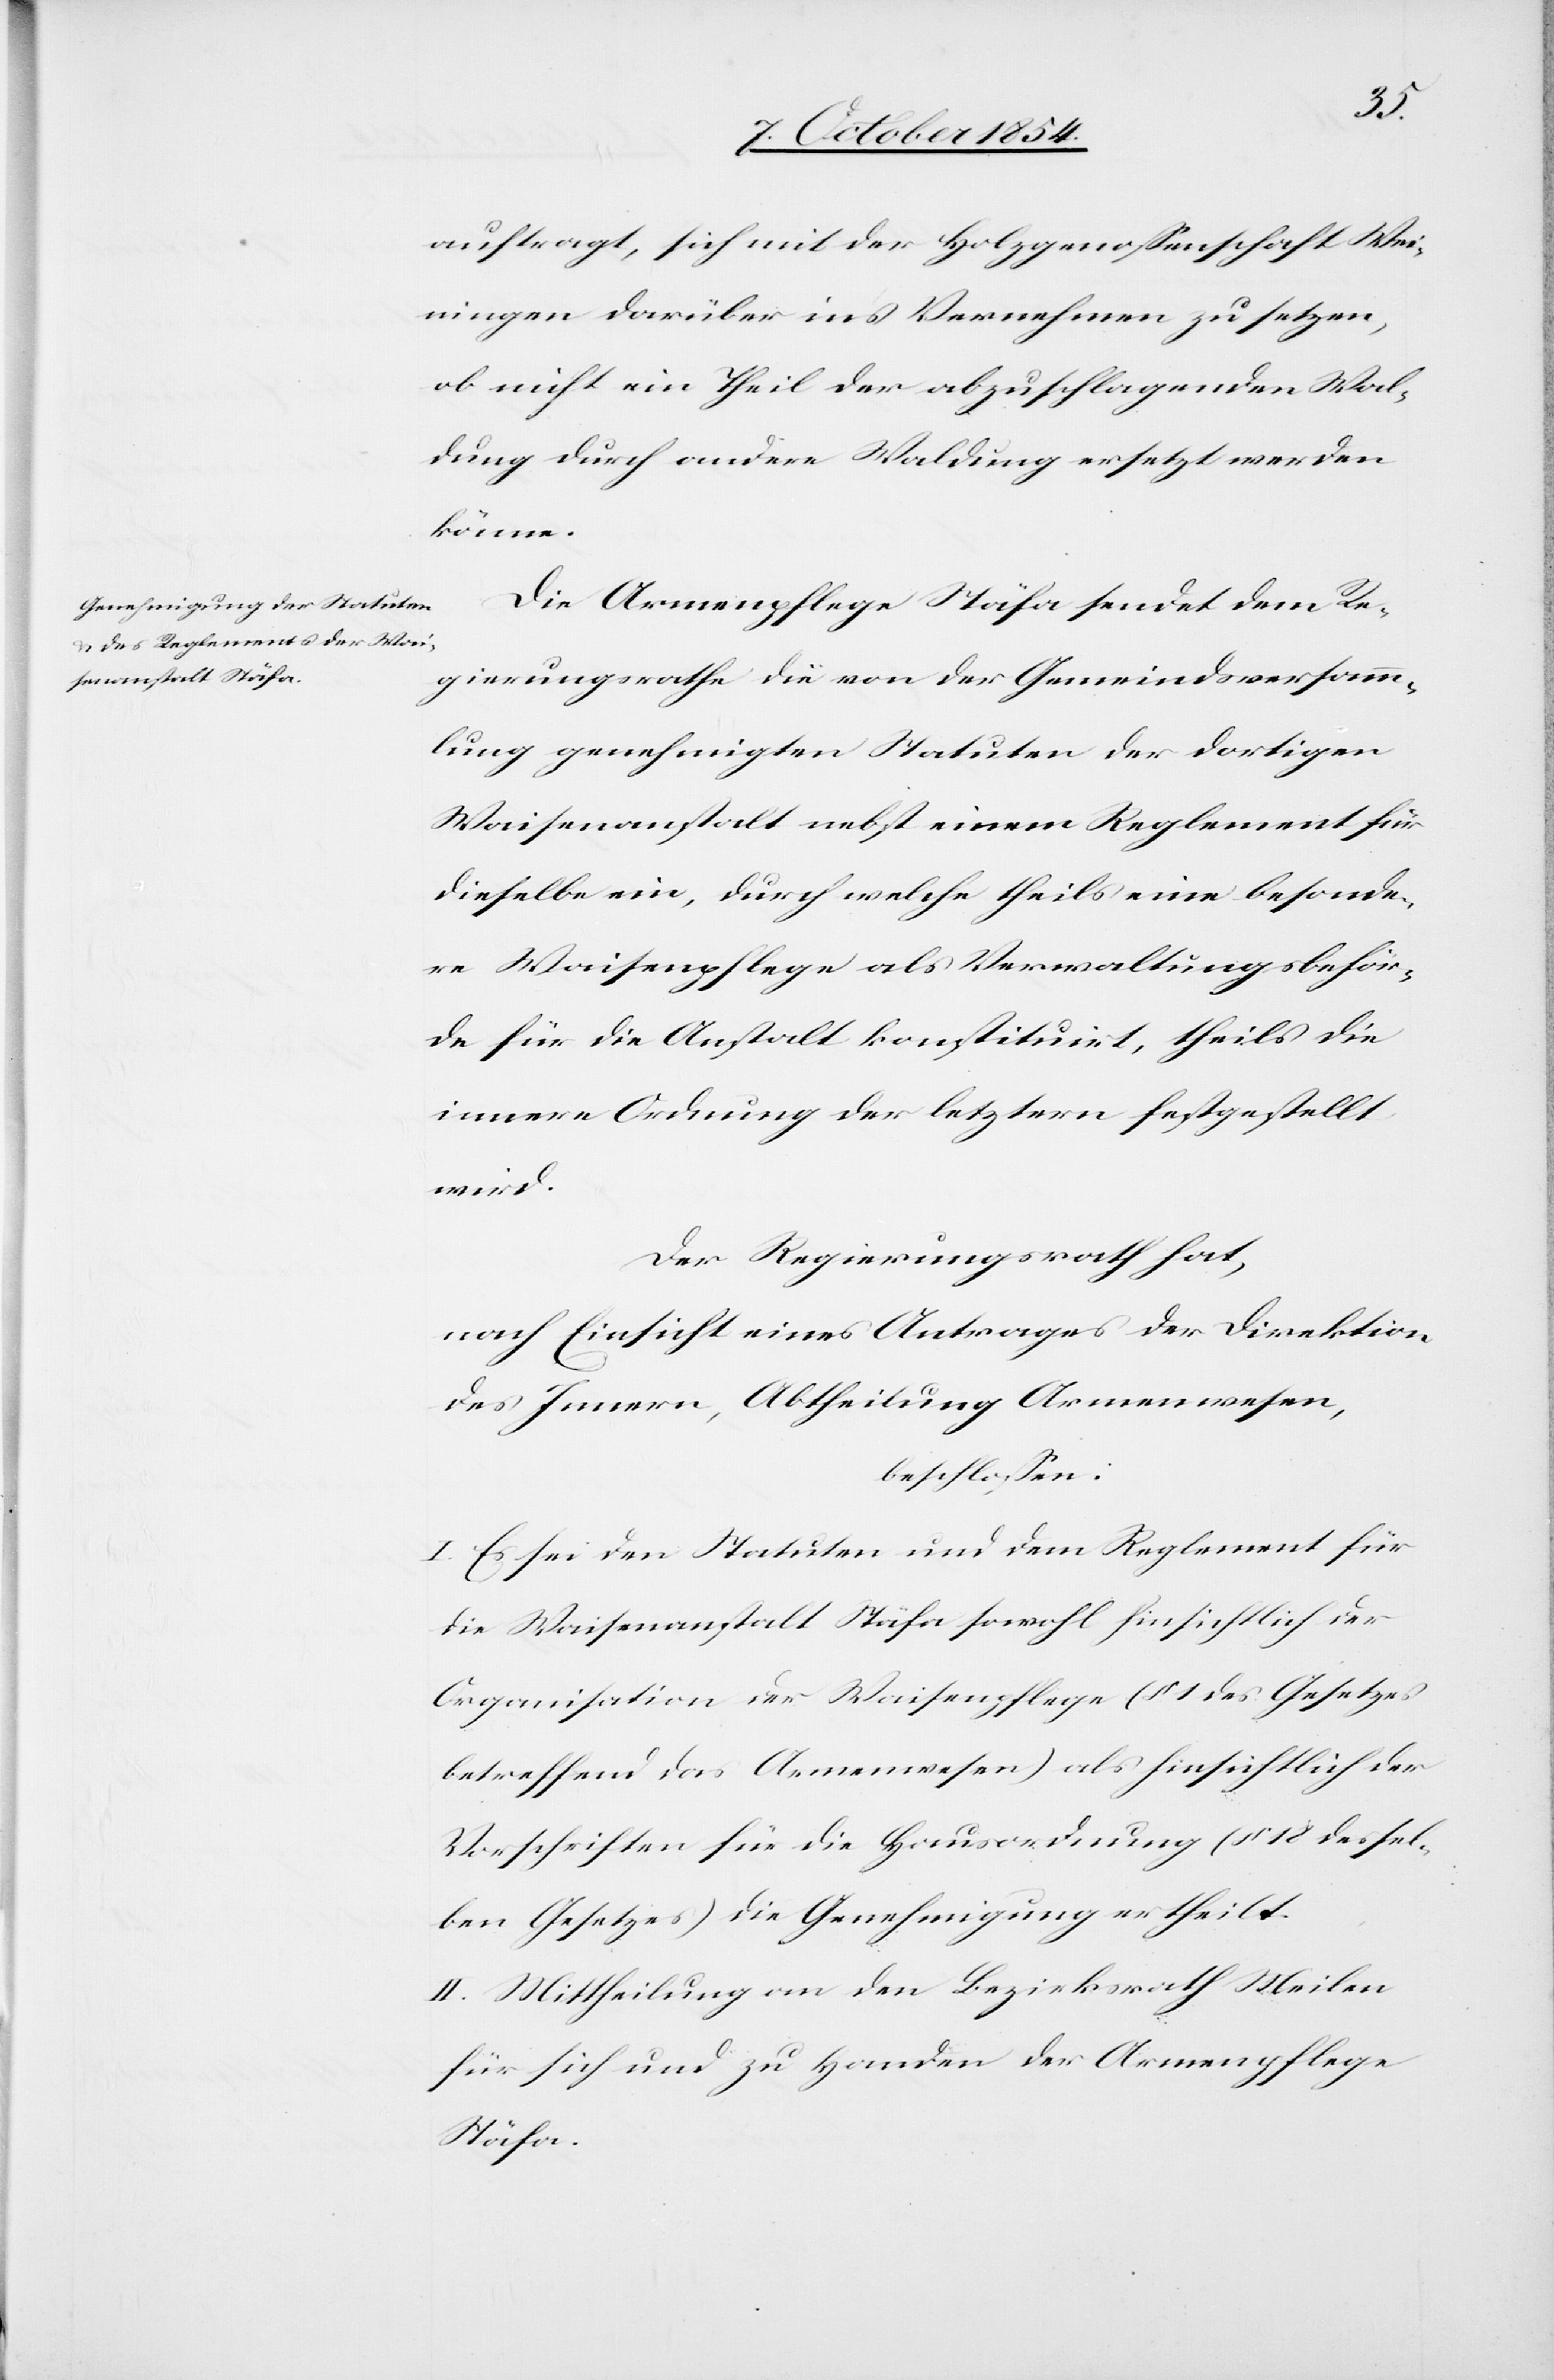
auftragt, sich mit der Holzgenoßenschaft Wei¬
ningen darüber ins Vernehmen zu setzen,
ob nicht ein Theil der abzuschlagenden Wal¬
dung durch [eine] andere Waldung ersetzt werden
könne.
Die Armenpflege Stäfa sendet dem Re¬
gierungsrathe die von der Gemeindsversamm¬
lung genehmigten Statuten der dortigen
Waisenanstalt nebst einem Reglement für
dieselbe ein, durch welche theils eine besonde¬
re Waisenpflege als Verwaltungsbehör¬
de für die Anstalt konstituirt, theils die
innere Ordnung der letztern festgestellt
wird.
Der Regierungsrath hat,
nach Einsicht eines Antrages der Direktion
des Innern, Abtheilung Armenwesen,
beschloßen:
I. Es sei den Statuten und dem Reglement für
die Waisenanstalt Stäfa sowohl hinsichtlich der
Organisation der Waisenpflege (§ 1 des Gesetzes
betreffend das Armenwesen) als hinsichtlich der
Vorschriften für die Hausordnung (§ 18 dessel¬
ben Gesetzes) die Genehmigung ertheilt.
II. Mittheilung an den Bezirksrath Meilen
für sich und zu Handen der Armenpflege
Stäfa.